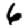
Digit: 6